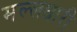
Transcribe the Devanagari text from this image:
मल्लधारी